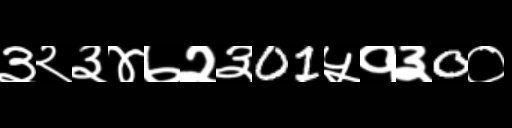
Text: ३२३४७२३01५१३0०